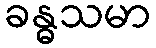
ခန္ဓသမာ